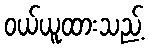
ဝယ်ယူထားသည့်